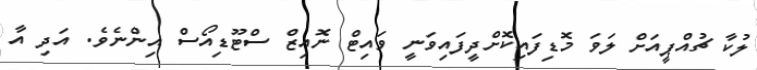
ލުކާ ޗުއްޕީއަށް ލަވަ މޮޑިފައިކޮށްދީފައިވަނީ ވައިޓް ނޮއިޒް ސްޓޫޑިއޯސް އިންނެވެ. އަދި އާ